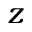
z